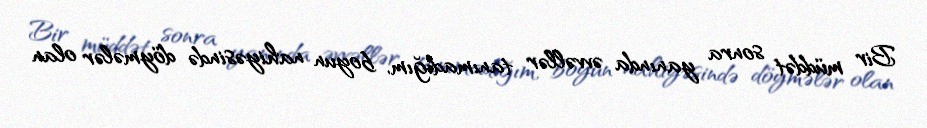
Bir müddət sonra yanında əvvəllər tanımadığım, boyun nahiyəsində döymələr olan